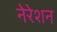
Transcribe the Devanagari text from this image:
नेरेशन